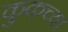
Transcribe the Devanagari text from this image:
कुकच्या